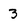
Character: 3